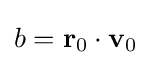
b=\mathbf {r} _{0}\cdot \mathbf {v} _{0}